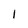
Character: I